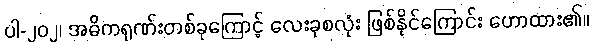
ပါ-၂၀၂၊ အဓိကရုဏ်းတစ်ခုကြောင့် လေးခုစလုံး ဖြစ်နိုင်ကြောင်း ဟောထား၏။